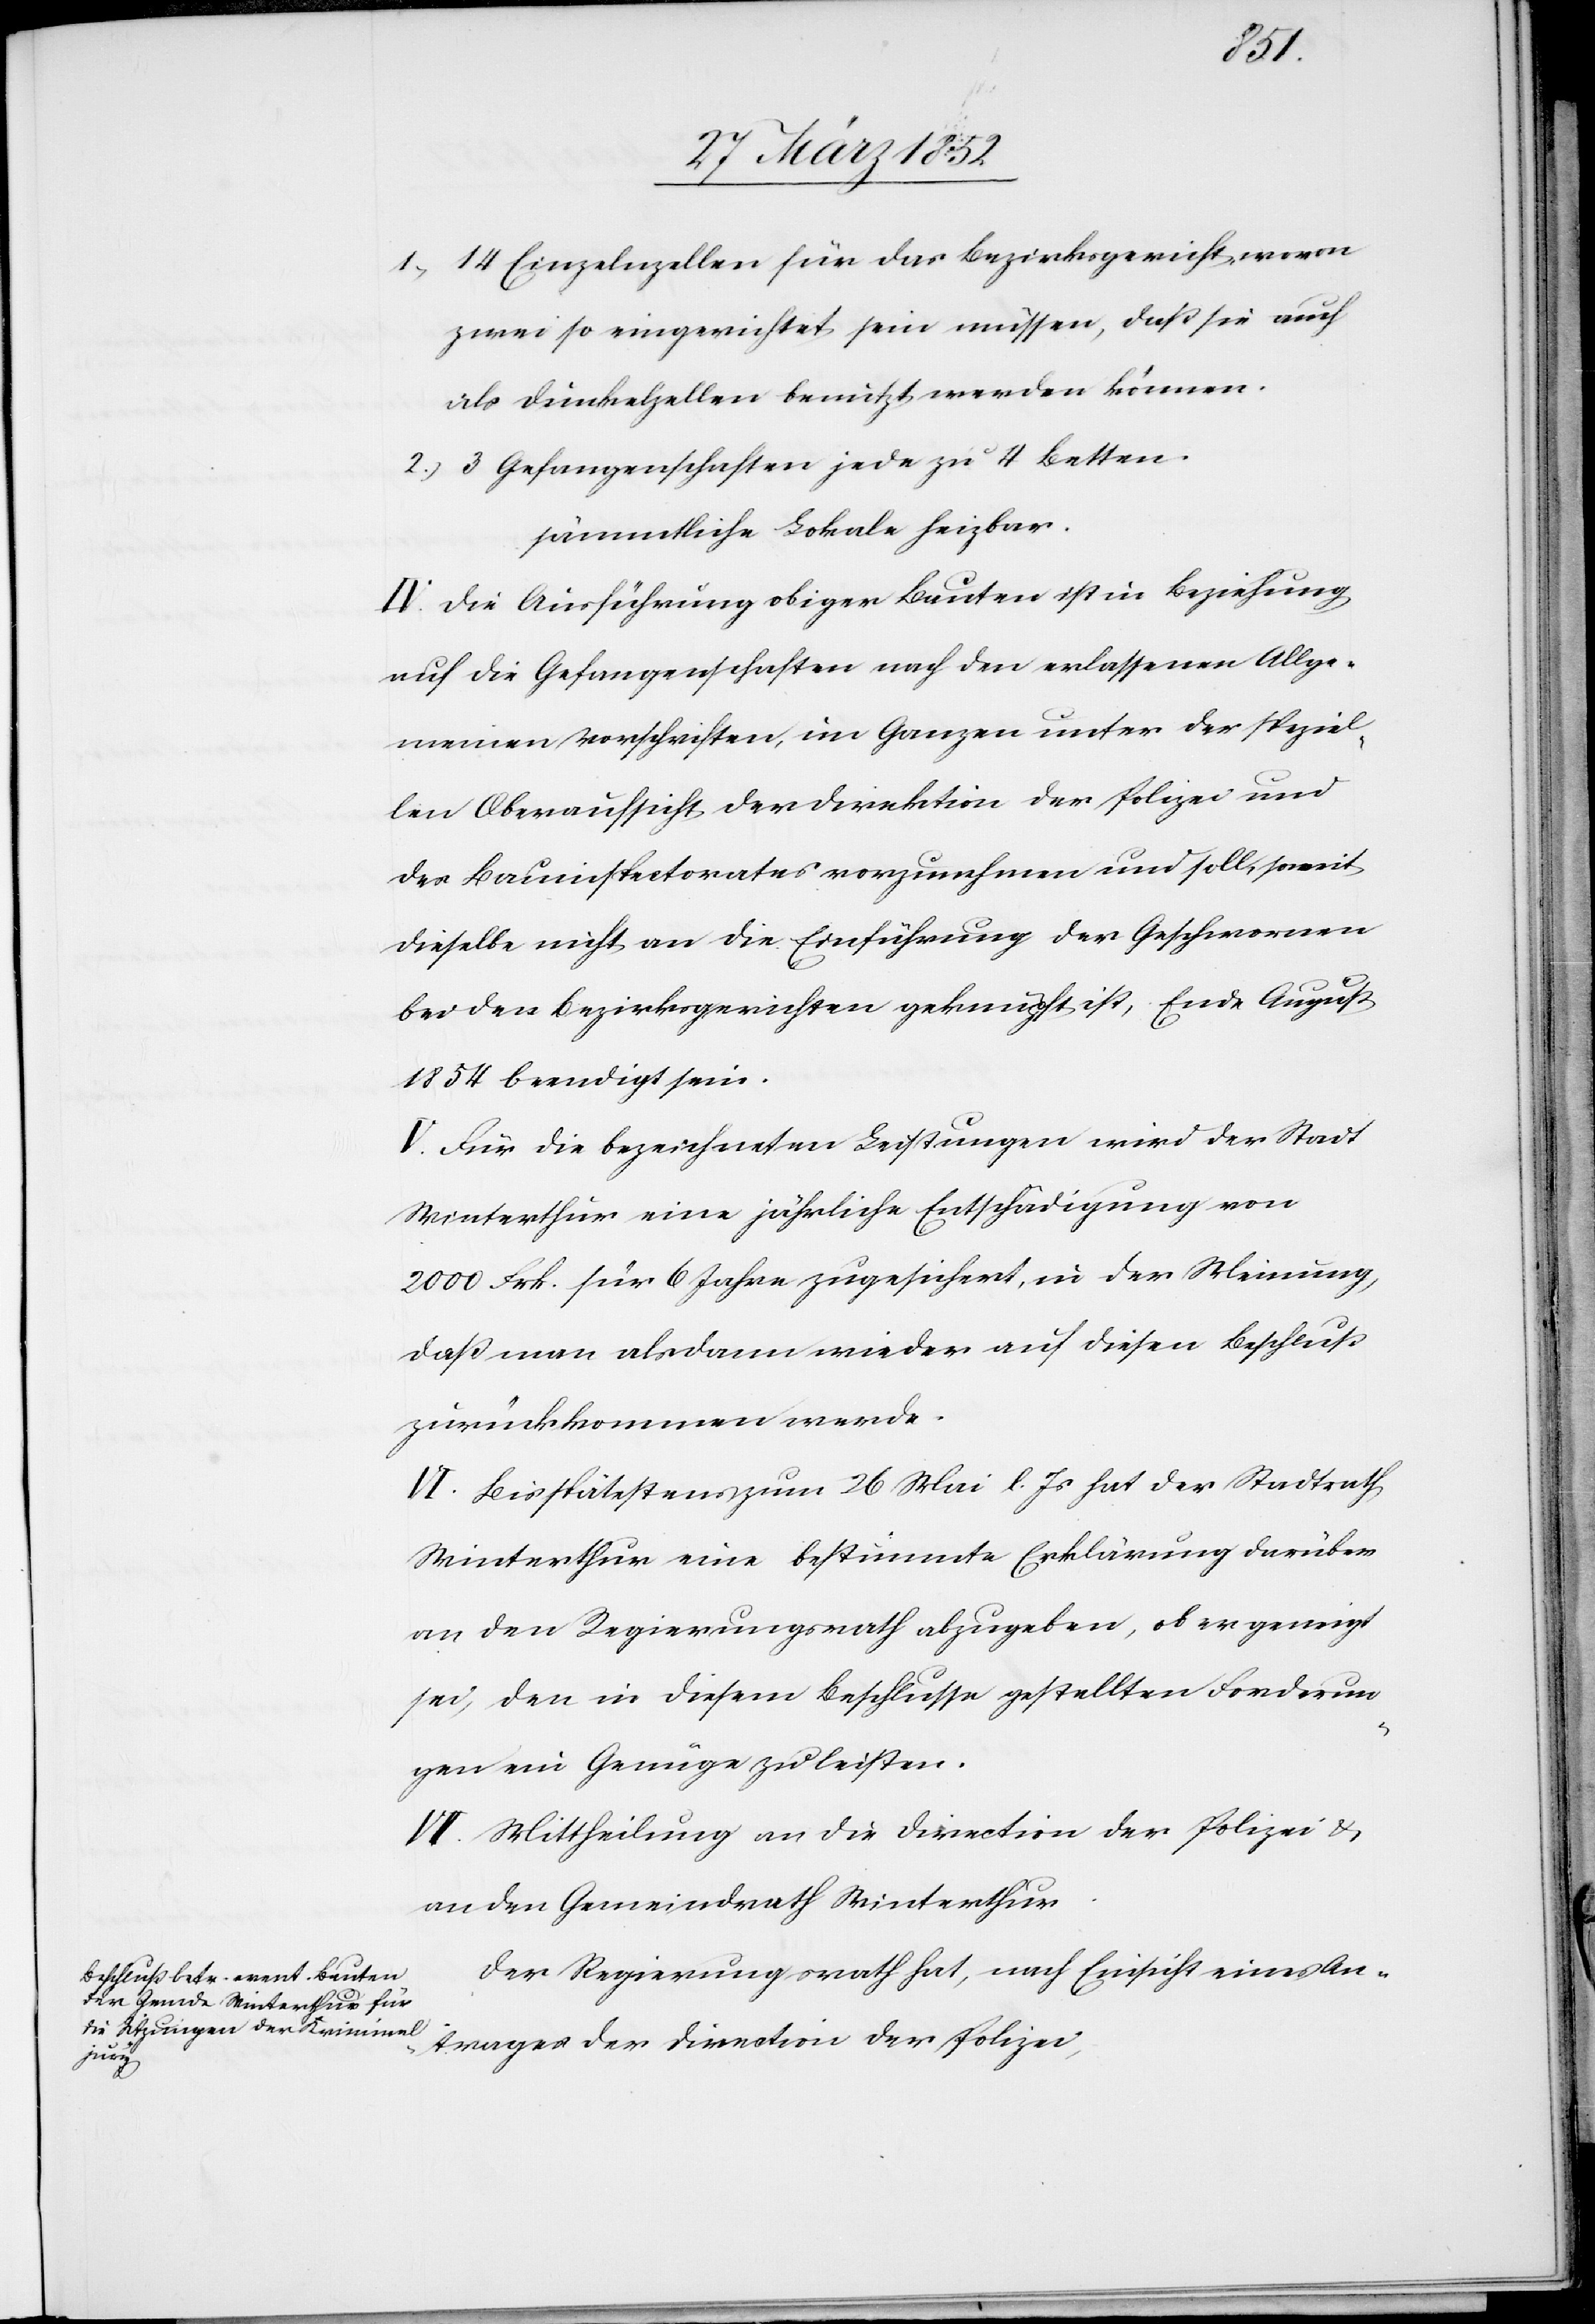
1) 14 Einzelzellen für das Bezirksgericht, wovon
zwei so eingerichtet sein müssen, daß sie auch
als Dunkelzellen benutzt werden können.
2) 3 Gefangenschaften jede zu 4 Betten.
sämmtliche Lokale heizbar.
IV. Die Ausführung obiger Bauten ist in Beziehung
auf die Gefangenschaften nach den erlassenen Allge¬
meinen Vorschriften im Ganzen unter der speziel¬
len Oberaufsicht der Direktion der Polizei und
des Bauinspektorates vorzunehmen und soll, soweit
dieselbe nicht an die Einführung der Geschwornen
bei den Bezirksgerichten geschmückt ist, Ende August
1854 beendigt sein.
V. Für die bezeichneten Leistungen wird der Stadt
Winterthur eine jährliche Entschädigung von
2000 Frk. für 6 Jahre zugesichert, in der Meinung,
daß man alsdann wieder auf diesen Beschluß
zurückkommen werde.
VI. Bis spätestens zum 26 Mai l. Js hat der Stadtrath
Winterthur eine bestimmte Erklärung darüber
an den Regierungsrath abzugeben, ob er geneigt
sei, den in diesem Beschlusse gestellten Forderun¬
gen ein Genüge zu leisten.
VII. Mittheilung an die Direction der Polizei u.
an den Gemeindrath Winterthur.
Der Regierungsrath hat, nach Einsicht eines An¬
trages der Direction der Polizei,